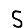
Digit: 5